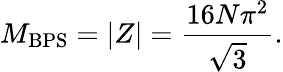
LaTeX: M_{\mathrm{BPS}}=\left|Z\right|=\frac{16N\pi^{2}}{\sqrt{3}}.